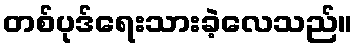
တစ်ပုဒ်ရေးသားခဲ့လေသည်။